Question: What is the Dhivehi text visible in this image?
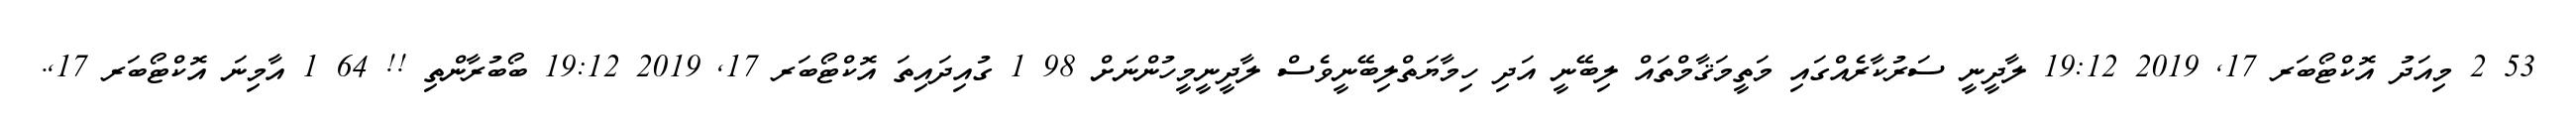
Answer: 53 2 މިއަދު އޮކްޓޯބަރ 17, 2019 19:12 ލާދީނީ ސަރުކާރެއްގައި މަތީމަޤާމްތައް ލިބޭނީ އަދި ހިމާޔަތްލިބޭނީވެސް ލާދީނީމީހުންނަށް 98 1 ގުއިދައިތަ އޮކްޓޯބަރ 17, 2019 19:12 ބޯބުރާންތި !! 64 1 އާމިނަ އޮކްޓޯބަރ 17,.